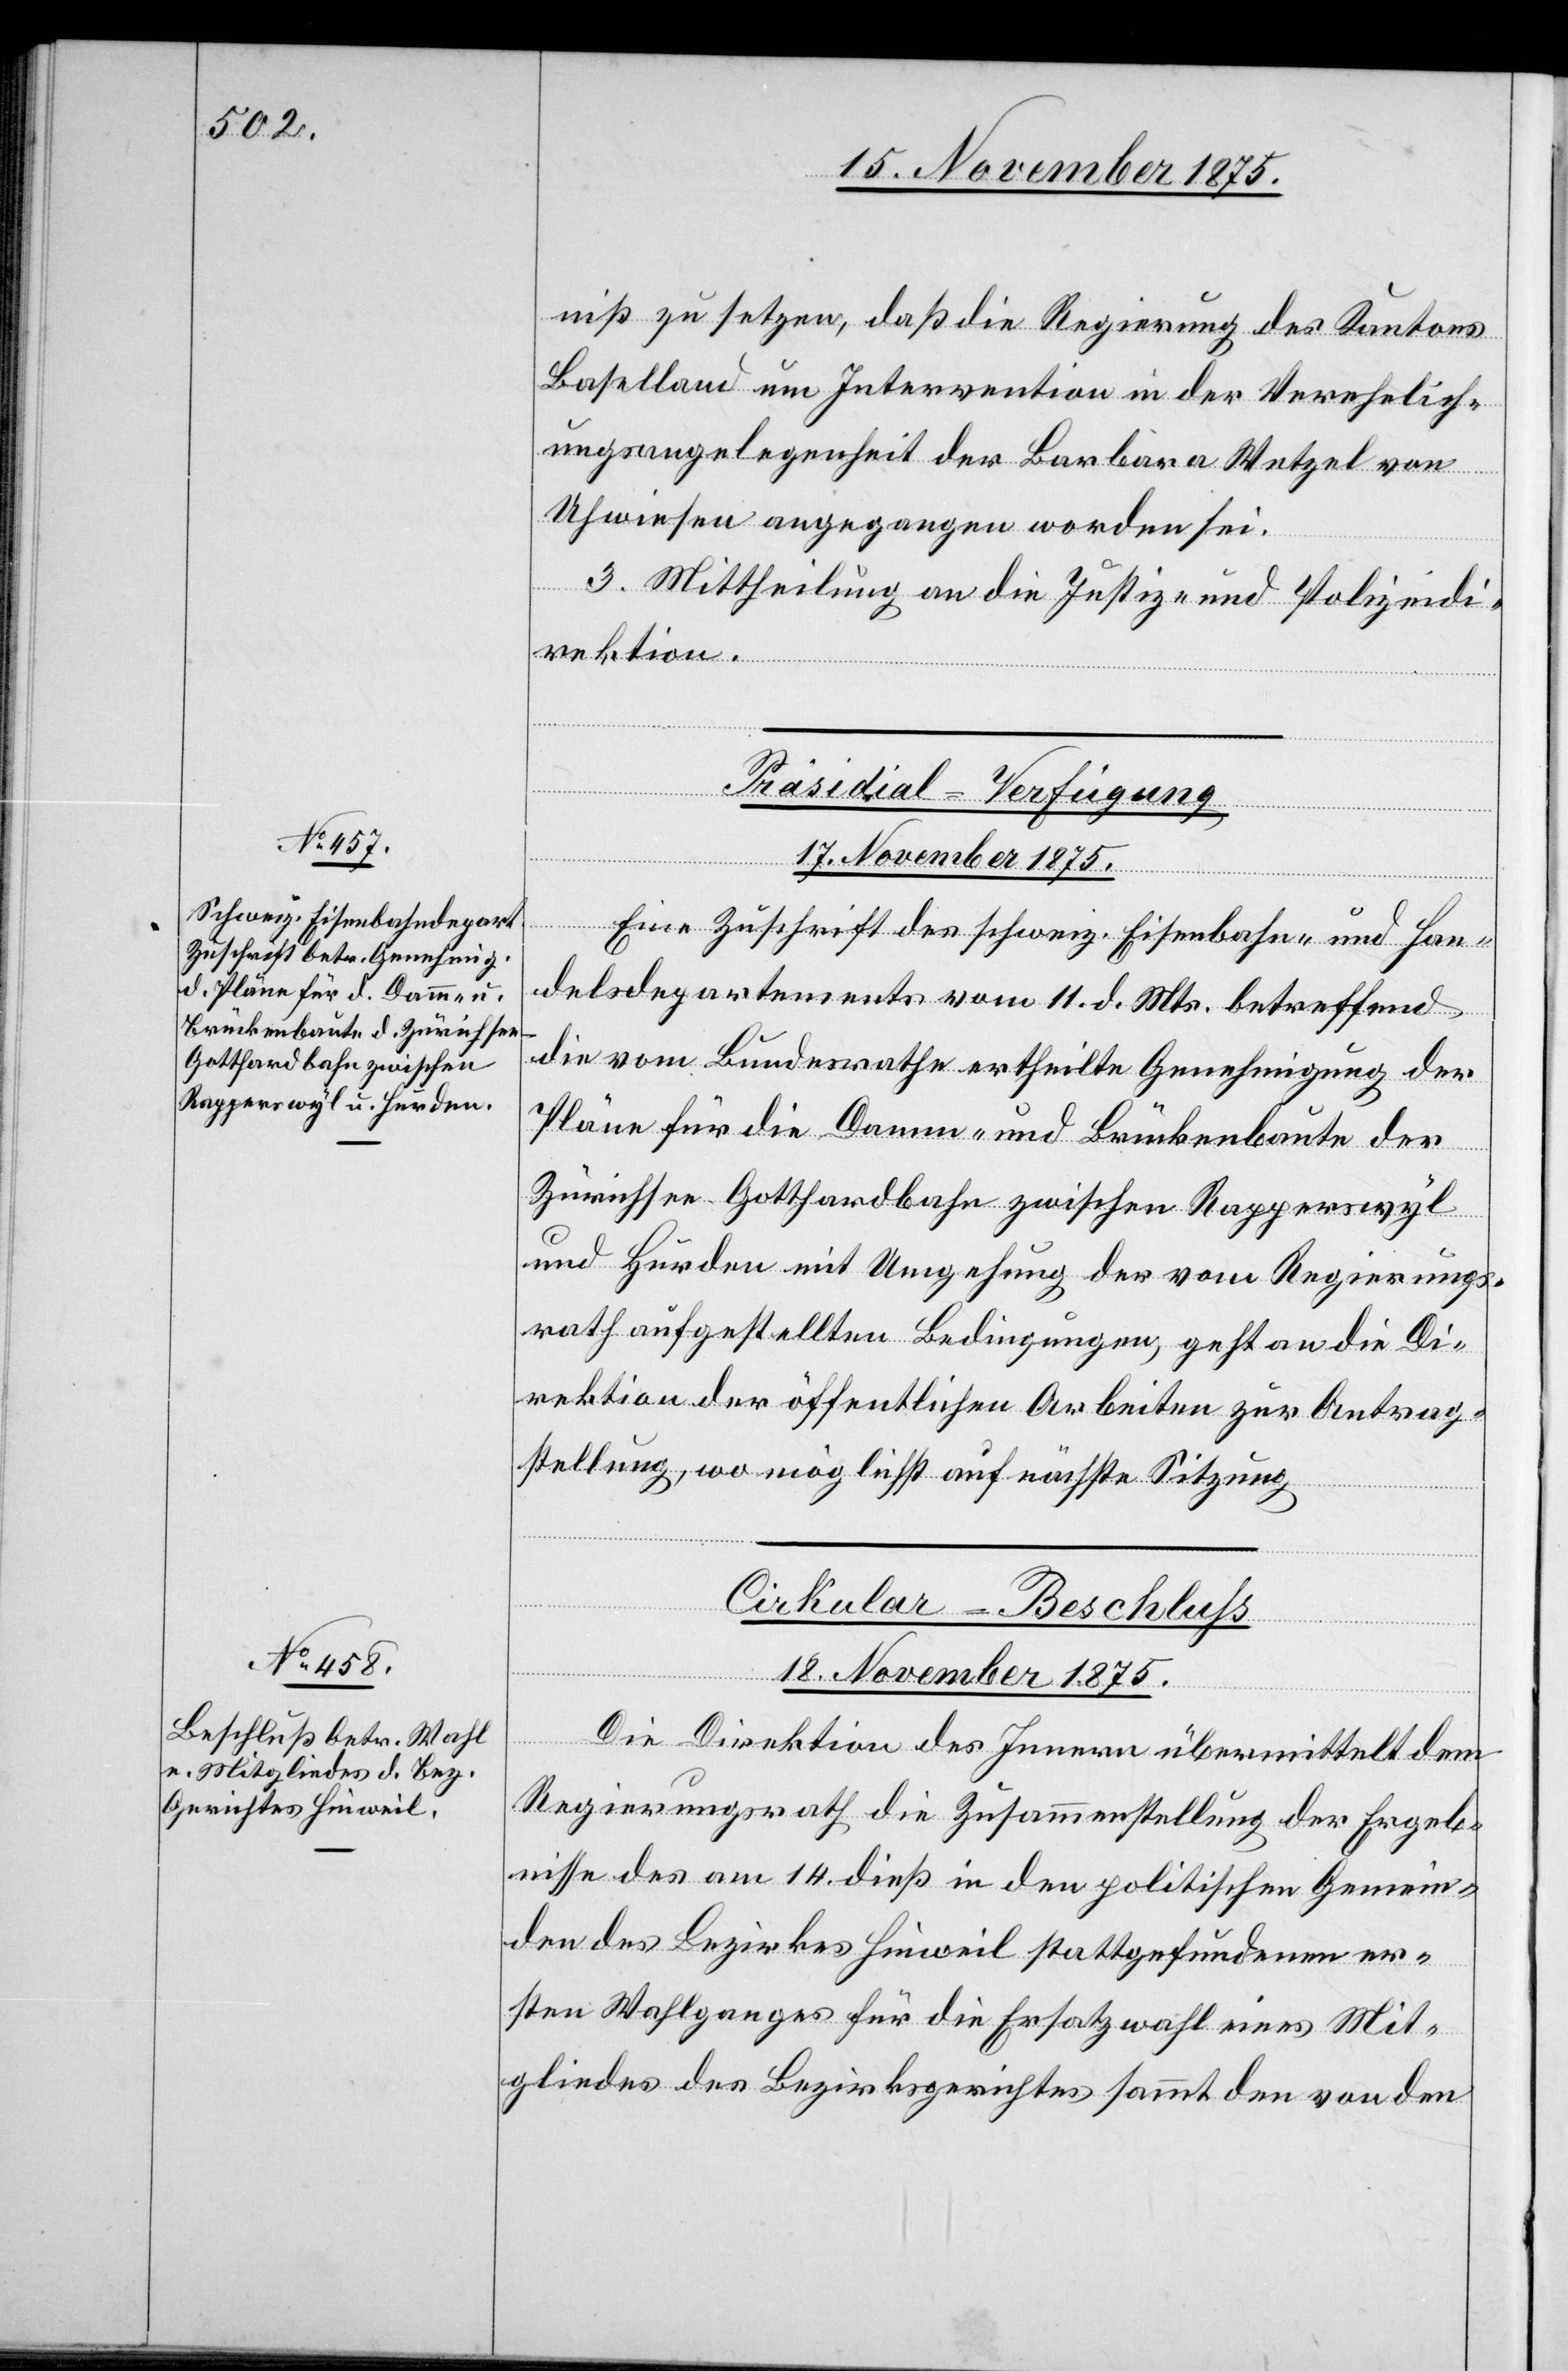
18. November 1875.
niß zu setzen, daß die Regierung des Kantons
Baselland um Intervention in der Verehelich¬
ungsangelegenheit der Barbara Wetzel von
Uhwiesen angegangen worden sei.
3. Mittheilung an die Justiz- und Polizeidi¬
rektion.
Präsidial-Verfügung
17. November 1875.
Eine Zuschrift des schweiz. Eisenbahn- und Han¬
delsdepartements vom 11. d. Mts. betreffend
die vom Bundesrathe ertheilte Genehmigung der
Pläne für die Damm- und Brückenbaute der
Zürichsee–Gotthardbahn zwischen Rapperswyl
und Hurden mit Umgehung der vom Regierungs¬
rath aufgestellten Bedingungen, geht an die Di¬
rektion der öffentlichen Arbeiten zur Antrag¬
stellung, wo möglichst auf nächste Sitzung.
Cirkular-Beschluß
Die Direktion des Innern übermittelt dem
Regierungsrath die Zusammenstellung der Ergeb¬
nisse des am 14. dieß in den politischen Gemein¬
den des Bezirkes Hinweil stattgefundenen er¬
sten Wahlganges für die Ersatzwahl eines Mit¬
gliedes des Bezirksgerichtes sammt den von den